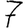
Digit: 7